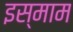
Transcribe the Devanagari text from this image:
इस्माम